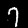
Label: 7